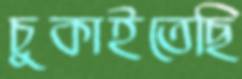
চুকাইতেছি